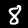
Digit: 8